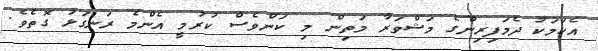
އެކަމަކު ދެމަފިރިންގެ މަޝްވަރާ މަތިން މި ކަންވެސް ކުރުމީ އެންމެ ރަނގަޅު ގޮތެވެ.